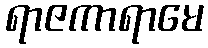
ရာဇကာရာမေ